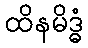
ထိနမိဒ္ဓံ